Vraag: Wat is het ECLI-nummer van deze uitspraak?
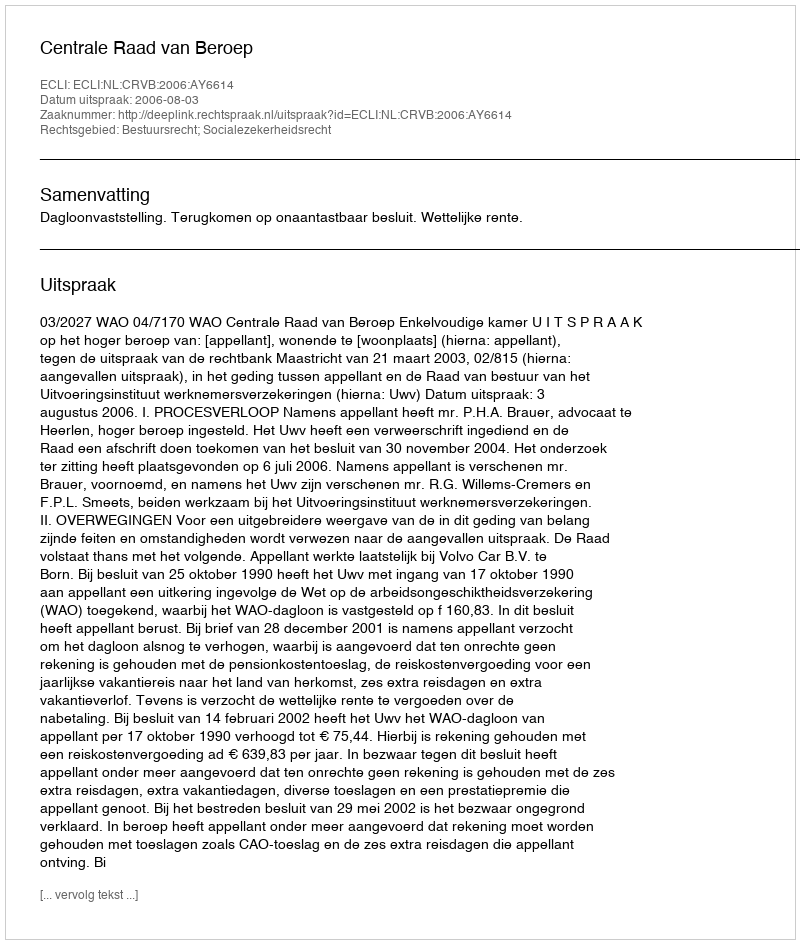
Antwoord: ECLI:NL:CRVB:2006:AY6614